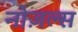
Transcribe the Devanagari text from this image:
नोज़ल्स